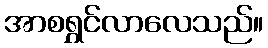
အာစရွှင်လာလေသည်။